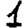
Digit: 1